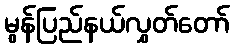
မွန်ပြည်နယ်လွှတ်တော်